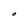
Character: O